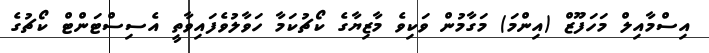
އިސްމާއިލް މަހަފޫޒް (އިންމަ) މަގާމުން ވަކިވެ މާޒިޔާގެ ކޯޗުކަމާ ހަވާލުވެފައިވާތީ އެސިސްޓަންޓް ކޯޗުގެ